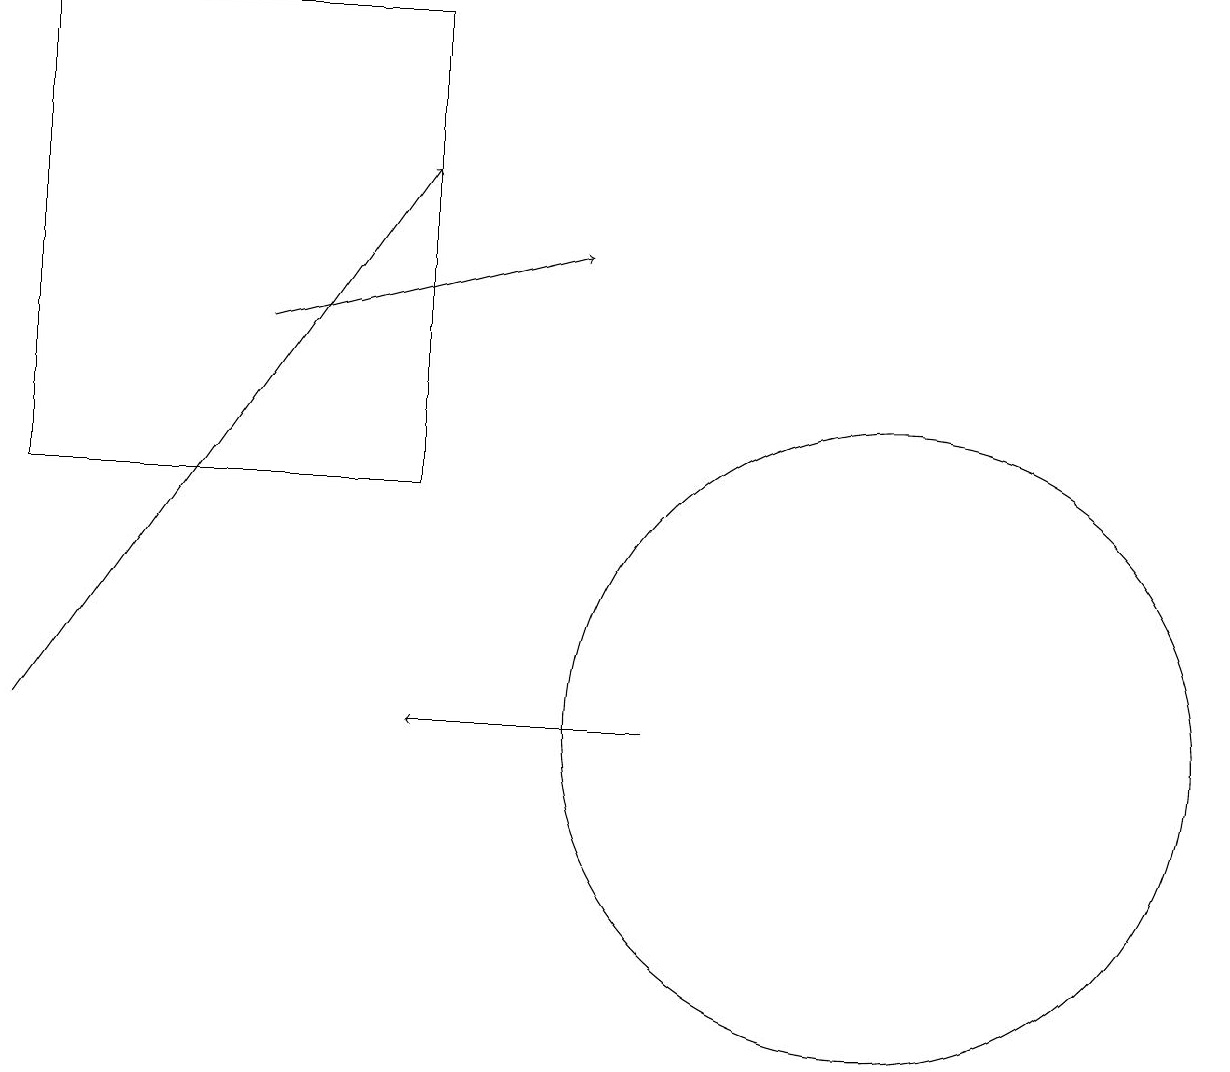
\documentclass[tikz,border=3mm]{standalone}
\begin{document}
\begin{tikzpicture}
\draw (11,10) circle (4);
\draw[->] (3,15) -- (7,16);
\draw[->] (0,10) -- (5,17);
\draw[->] (8,10) -- (5,10);
\draw (5,13) rectangle (0,19);
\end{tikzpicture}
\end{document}